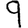
Digit: 9